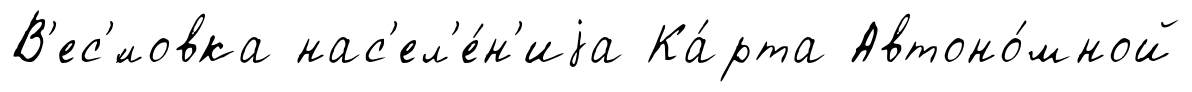
В'ес'́ловка нас'ел'е́н'иjа Ка́рта Автоно́мной